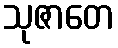
သုဇာတေ